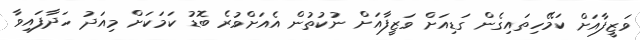
ވަޒީފާއަށް ކަމޭހިތައިގެން ގަޑިއަށް ވަޒީފާއަށް ނުކުތުން އެއަށްވުރެ ބޮޑު ކަމަކަށް މިއަދު ހަދާފައިވާ